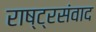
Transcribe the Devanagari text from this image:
राष्ट्रसंवाद